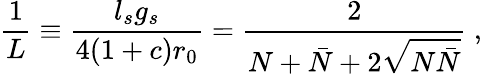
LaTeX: \frac{1}{L}\equiv\frac{l_{s}g_{s}}{4(1+c)r_{0}}=\frac{2}{N+\bar{N}+2\sqrt{N\bar{N}}}~,